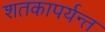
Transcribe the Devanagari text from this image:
शतकापर्यन्त